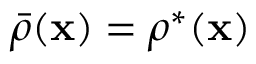
\bar { \rho } ( { \bf x } ) = \rho ^ { * } ( { \bf x } )